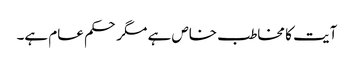
آیت کا مخاطب خاص ہے مگر حکم عام ہے۔